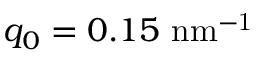
q _ { 0 } = 0 . 1 5 ~ \mathrm { n m ^ { - 1 } }